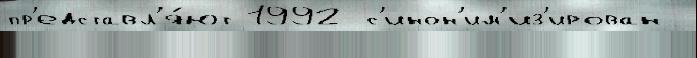
пр'едставл'я́ют 1992 с'инон'им'из'ирован